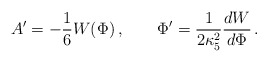
\begin{align*}A' = -{1\over6} W(\Phi) \,, \qquad\Phi' = {1\over 2\kappa_5^2} {dW\over d\Phi} \,.\end{align*}